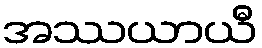
အဿယာယီ